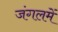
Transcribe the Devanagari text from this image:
जंगलमें